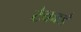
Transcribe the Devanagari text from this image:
टेकाडे